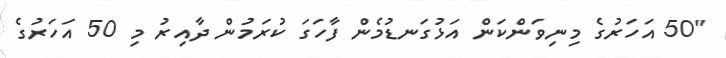
"50 އަހަރުގެ މިނިވަންކަން އަޅުގަނޑުމެން ފާހަގަ ކުރަމުން ދާއިރު މި 50 އަހަރުގެ